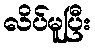
လိပ်မူပြီး